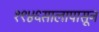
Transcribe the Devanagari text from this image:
१९४६सालापासून